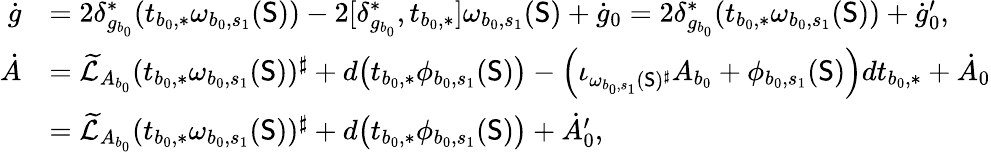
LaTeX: \begin{array}{rl}{\dot{g}}&{=2\delta_{g_{b_{0}}}^{*}(t_{b_{0},*}\omega_{b_{0},s_{1}}(\mathsf{S}))-2[\delta_{g_{b_{0}}}^{*},t_{b_{0},*}]\omega_{b_{0},s_{1}}(\mathsf{S})+\dot{g}_{0}=2\delta_{g_{b_{0}}}^{*}(t_{b_{0},*}\omega_{b_{0},s_{1}}(\mathsf{S}))+\dot{g}_{0}^{\prime},}\\ {\dot{A}}&{=\widetilde{\mathcal{L}}_{A_{b_{0}}}(t_{b_{0},*}\omega_{b_{0},s_{1}}(\mathsf{S}))^{\sharp}+d\big(t_{b_{0},*}\phi_{b_{0},s_{1}}(\mathsf{S})\big)-\Big(\iota_{\omega_{b_{0},s_{1}}(\mathsf{S})^{\sharp}}A_{b_{0}}+\phi_{b_{0},s_{1}}(\mathsf{S})\Big)dt_{b_{0},*}+\dot{A}_{0}}\\ &{=\widetilde{\mathcal{L}}_{A_{b_{0}}}(t_{b_{0},*}\omega_{b_{0},s_{1}}(\mathsf{S}))^{\sharp}+d\big(t_{b_{0},*}\phi_{b_{0},s_{1}}(\mathsf{S})\big)+\dot{A}_{0}^{\prime},}\end{array}